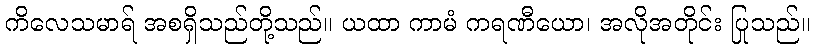
ကိလေသမာရ် အစရှိသည်တို့သည်။ ယထာ ကာမံ ကရဏီယော၊ အလိုအတိုင်း ပြုသည်။